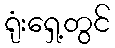
ရုံးရှေ့တွင်